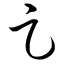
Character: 足